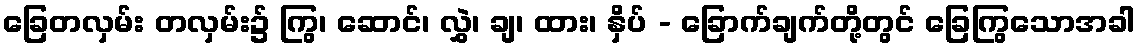
ခြေတလှမ်း တလှမ်း၌ ကြွ၊ ဆောင်၊ လွှဲ၊ ချ၊ ထား၊ နှိပ် - ခြောက်ချက်တို့တွင် ခြေကြွသောအခါ